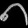
Digit: ၈